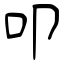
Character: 叩